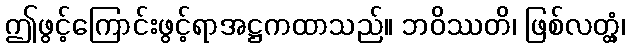
ဤဖွင့်ကြောင်းဖွင့်ရာအဋ္ဌကထာသည်။ ဘဝိဿတိ၊ ဖြစ်လတ္တံ့၊